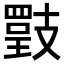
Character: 𢻡